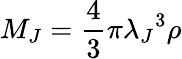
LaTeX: M_{J}=\frac{4}{3}{\pi}{\lambda_{J}}^{3}\rho